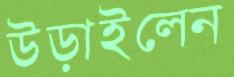
উড়াইলেন